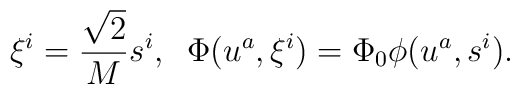
\xi^{i} = \frac{\sqrt{2}}{M} s^{i}, \;\; \Phi(u^a, \xi^i) = \Phi_{0}\phi(u^a,s^i).